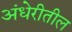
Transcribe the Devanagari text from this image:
अंधेरीतील